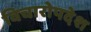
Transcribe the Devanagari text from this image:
विचारोपदेश